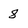
Character: 8